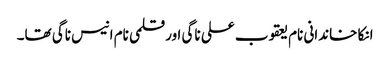
انکا خاندانی نام یعقوب علی ناگی اور قلمی نام انیس ناگی تھا۔